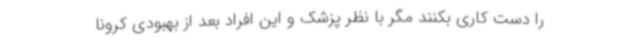
را دست کاری بکنند مگر با نظر پزشک و این افراد بعد از بهبودی کرونا